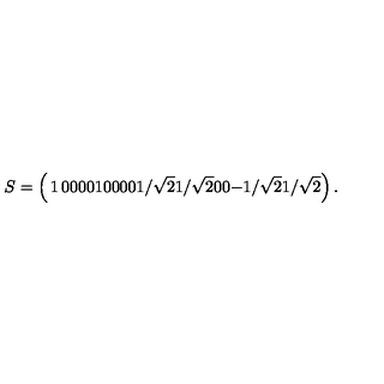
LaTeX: S = \left( \begin{matrix} { 1 } & { 0 } & { 0 } & { 0 } \\ { 0 } & { 1 } & { 0 } & { 0 } \\ { 0 } & { 0 } & { 1 / \sqrt { 2 } } & { 1 / \sqrt { 2 } } \\ { 0 } & { 0 } & { - 1 / \sqrt { 2 } } & { 1 / \sqrt { 2 } } \\ \end{matrix} \right) .